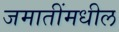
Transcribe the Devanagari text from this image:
जमातींमधील